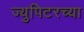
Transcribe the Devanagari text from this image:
ज्युपिटरच्या